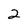
Character: 2